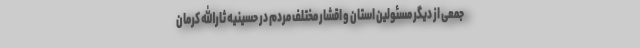
جمعی از دیگر مسئولین استان و اقشار مختلف مردم در حسینیه ثارالله کرمان